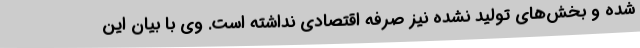
شده و بخش‌های تولید نشده نیز صرفه اقتصادی نداشته است. وی با بیان این